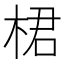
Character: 桾